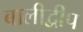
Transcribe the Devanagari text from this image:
बालीद्वीप